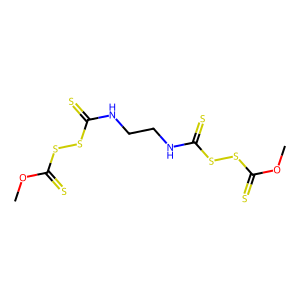
SMILES: COC(=S)SSC(=S)NCCNC(=S)SSC(=S)OC
Inhibits HIV replication: No